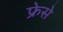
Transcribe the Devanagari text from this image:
फ्रेसे